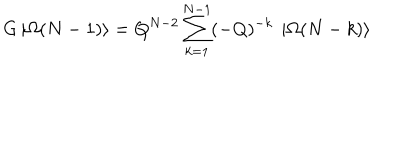
G \left| \Omega ( N - 1 ) \right\rangle = Q ^ { N - 2 } \sum _ { k = 1 } ^ { N - 1 } ( - Q ) ^ { - k } \ \left| \Omega ( N - k ) \right\rangle